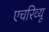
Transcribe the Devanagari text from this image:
एचरिव्यू